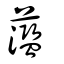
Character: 蘫